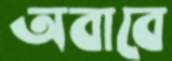
অবাবে